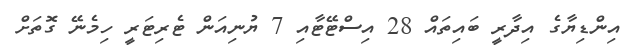
އިންޑިޔާގެ އިދާރީ ބައިތައް 28 އިސްޓޭޓާއި 7 ޔުނިއަން ޓެރިޓަރީ ހިމެނޭ ގޮތަށް